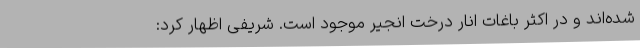
شده‌اند و در اکثر باغات انار درخت انجیر موجود است. شریفی اظهار کرد: